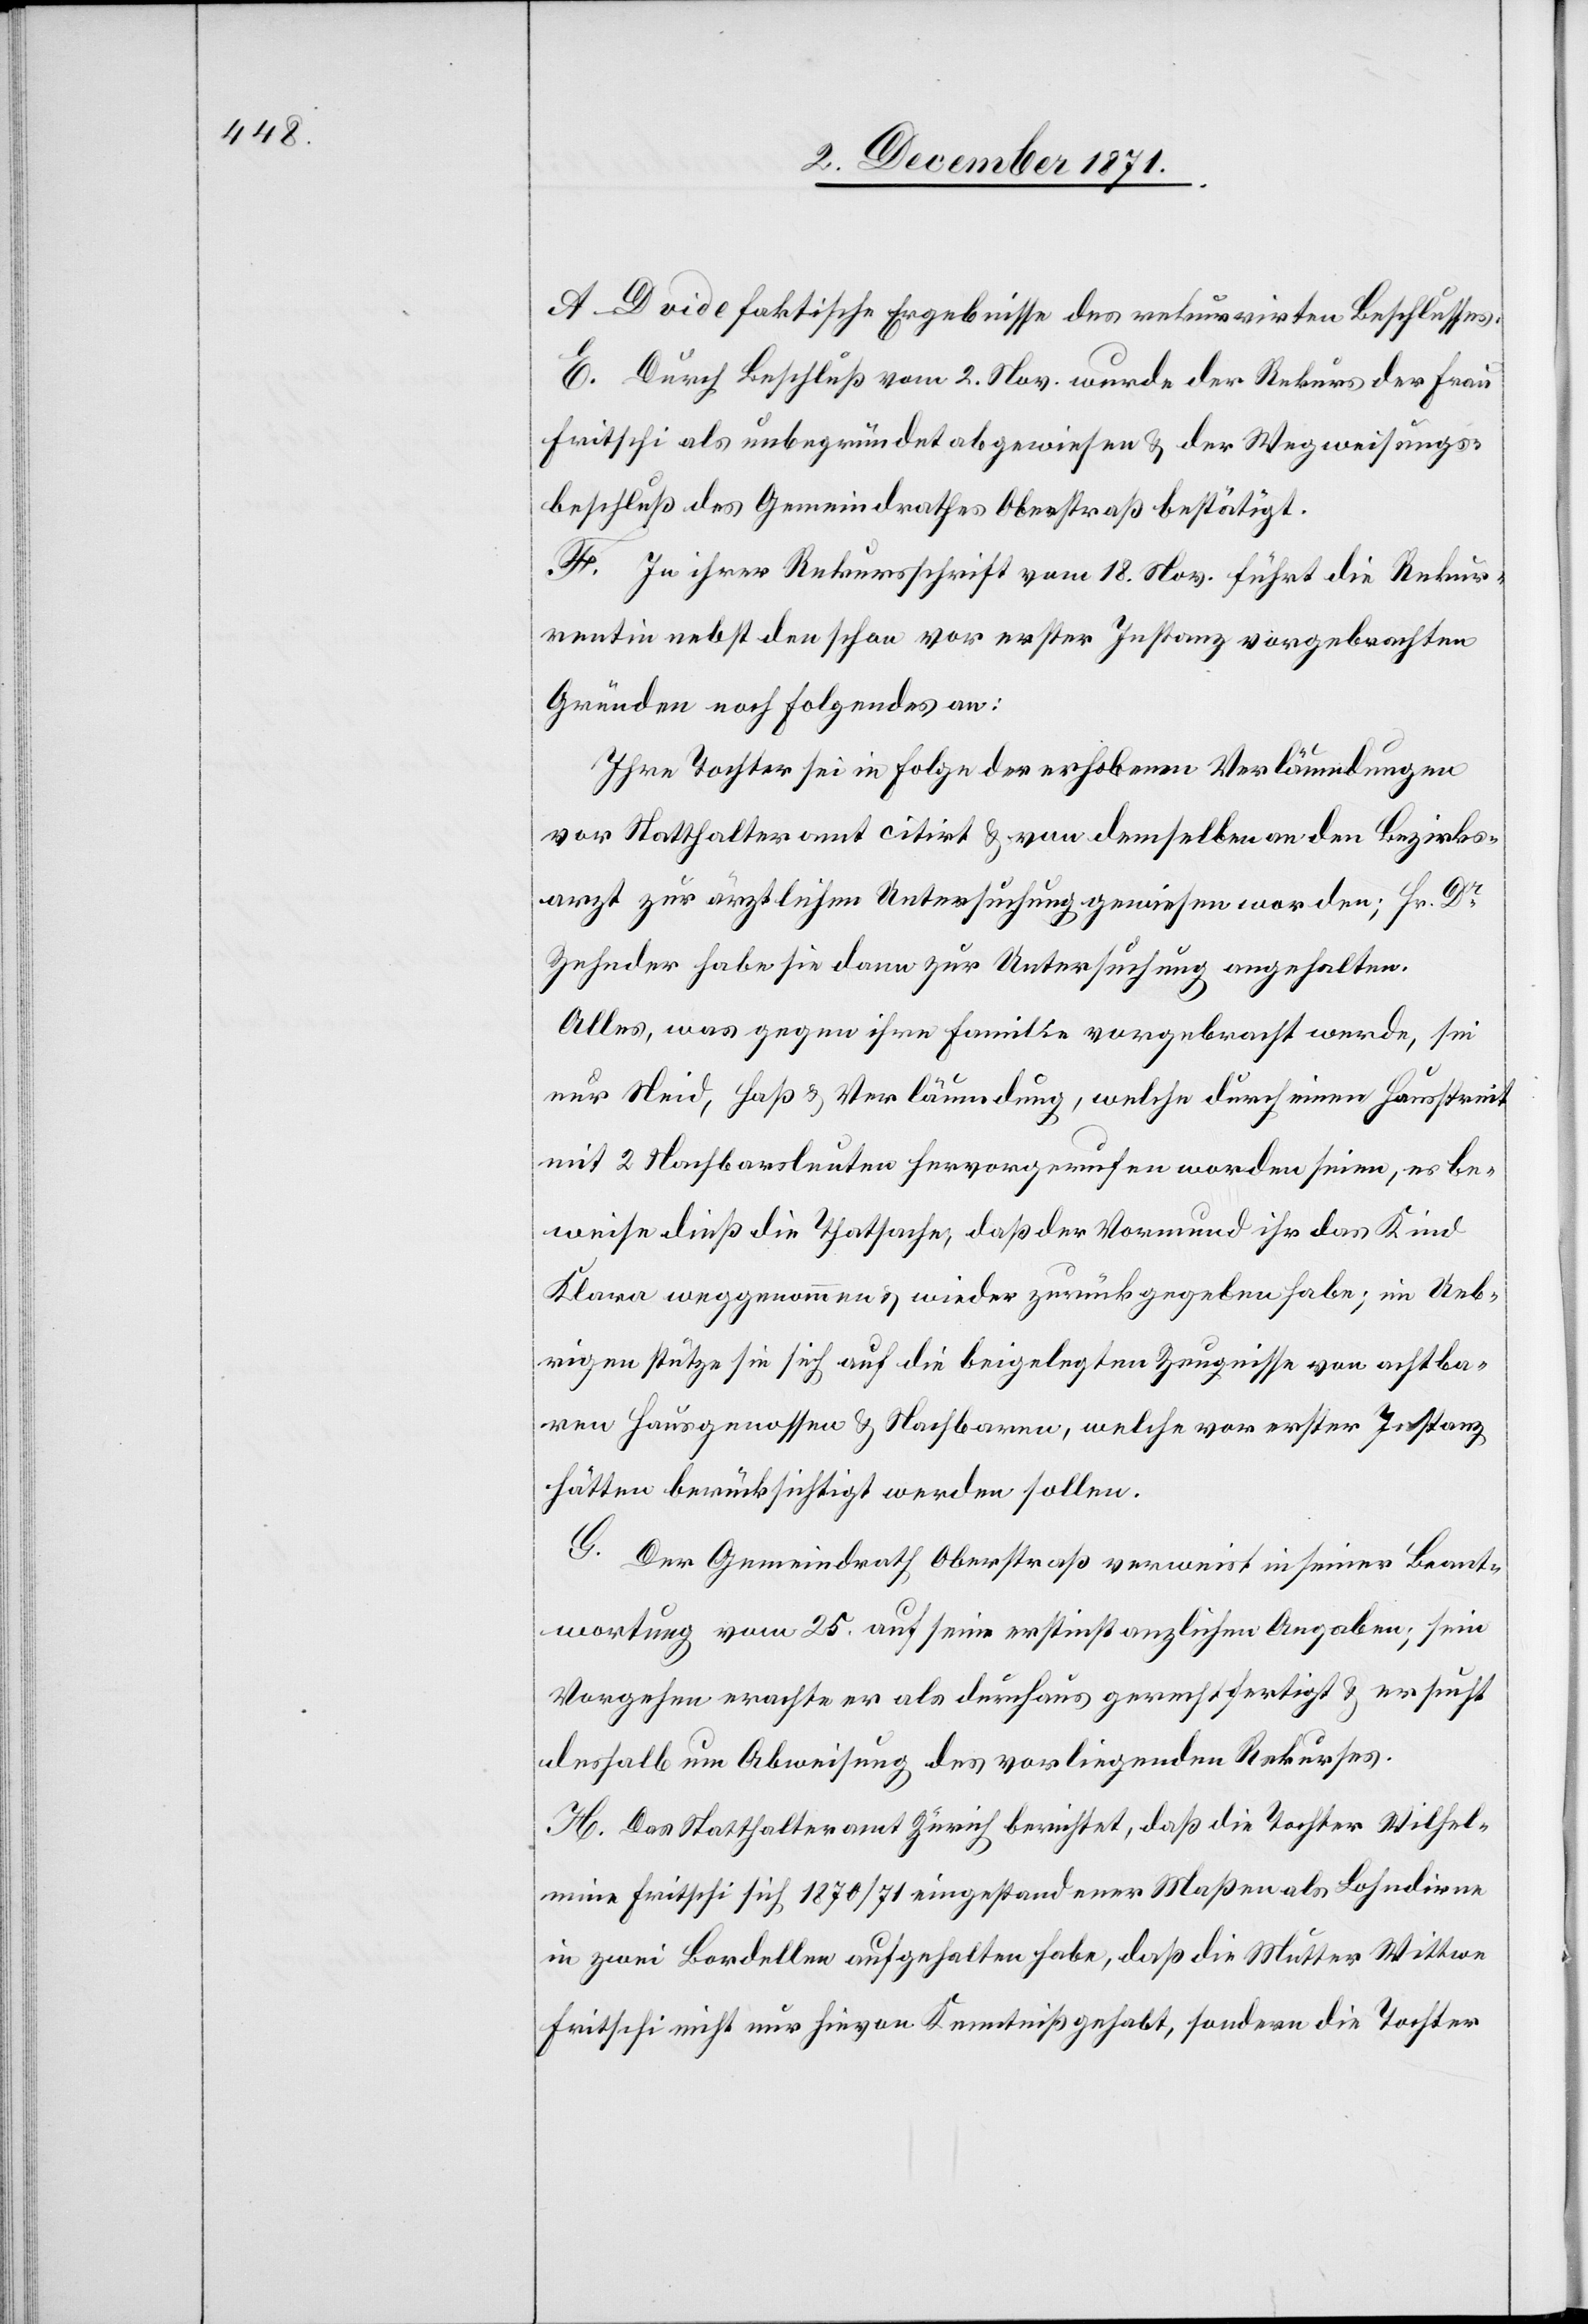
A–D vide faktische Ergebnisse des rekurrirten Beschlusses.
E. Durch Beschluß vom 2. Nov. wurde der Rekurs der Frau
Fritschi als unbegründet abgewiesen & der Wegweisungs¬
beschluß des Gemeindrathes Oberstraß bestätigt.
F. In ihrer Rekursschrift vom 18. Nov. führt die Rekur¬
rentin nebst den schon vor erster Instanz vorgebrachten
Gründen noch Folgendes an:
Ihre Tochter sei in Folge der erhobenen Verläumdungen
vors Statthalteramt citirt & von demselben an den Bezirks¬
arzt zur ärztlichen Untersuchung gewiesen worden; Hr. Dr.
Zehnder habe sie dann zur Untersuchung angehalten.
Alles, was gegen ihre Familie vorgebracht werde, sei
nur Neid, Haß & Verleumdung, welche durch einen Hausstreit
mit 2 Nachbarleuten hervorgerufen worden seien, es be¬
weise dieß die Thatsache, daß der Vormund ihr das Kind
Klara weggenommen & wieder zurückgegeben habe; im Ueb¬
rigen stütze sie sich auf die beigelegten Zeugnisse von achtba¬
ren Hausgenossen & Nachbaren, welche vor erster Instanz
hätten berücksichtigt werden sollen.
G. Der Gemeindrath Oberstraß verweist in seiner Beant¬
wortung vom 25. auf seine erstinstanzlichen Angaben; sein
Vorgehen erachte er als durchaus gerechtfertigt & ersucht
deshalb um Abweisung des vorliegenden Rekurses.
H. Das Statthalteramt Zürich berichtet, daß die Tochter Wilhel¬
mine Fritschi sich 1870/71 eingestandener Maßen als Lohndirne
in zwei Bordellen aufgehalten habe, daß die Mutter Wittwe
Fritschi nicht nur hievon Kenntniß gehabt, sondern die Tochter